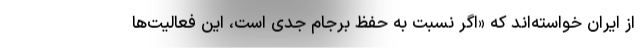
از ایران خواسته‌اند که «اگر نسبت به حفظ برجام جدی است، این فعالیت‌ها